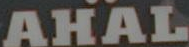
AHAL